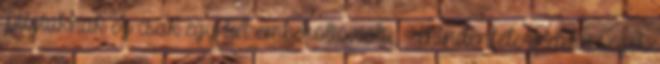
Pilótáknak ez csak egy-két emberöltő volt. » Mindenféle érdekességek